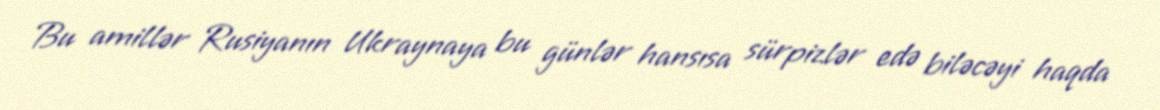
Bu amillər Rusiyanın Ukraynaya bu günlər hansısa sürpizlər edə biləcəyi haqda